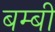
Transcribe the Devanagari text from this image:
बम्बी